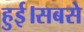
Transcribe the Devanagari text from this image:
हुई।सबसे